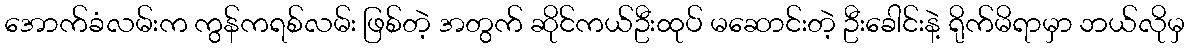
အောက်ခံလမ်းက ကွန်ကရစ်လမ်း ဖြစ်တဲ့ အတွက် ဆိုင်ကယ်ဦးထုပ် မဆောင်းတဲ့ ဦးခေါင်းနဲ့ ရိုက်မိရာမှာ ဘယ်လိုမှ